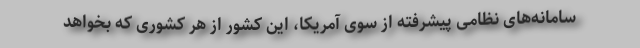
سامانه‌های نظامی پیشرفته از سوی آمریکا، این کشور از هر کشوری که بخواهد